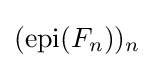
({\text{epi}}(F_{n}))_{n}